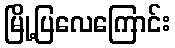
မြို့ပြလေကြောင်း